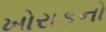
ખોરાકનો